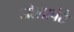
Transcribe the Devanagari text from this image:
जोलार्पेटै